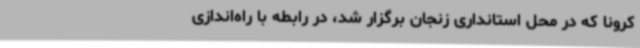
کرونا که در محل استانداری زنجان برگزار شد، در رابطه با راه‌اندازی